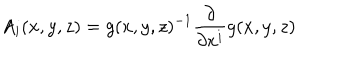
A _ { i } ( x , y , z ) = g ( x , y , z ) ^ { - 1 } \frac { \partial } { \partial x ^ { i } } g ( x , y , z )